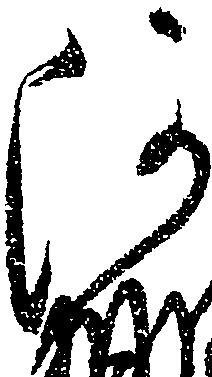
河